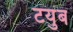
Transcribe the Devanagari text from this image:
टयुब